Indian Medical Review
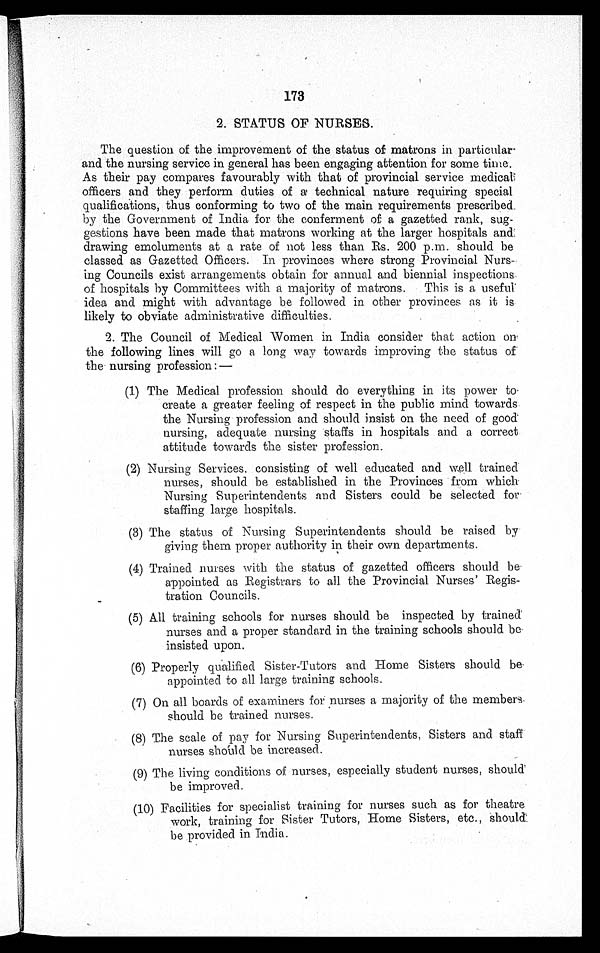
173
2. STATUS OF NURSES.
The question of the improvement of the status of matrons in particular
and the nursing service in general has been engaging attention for some time.
As their pay compares favourably with that of provincial service medical
officers and they perform duties of a technical nature requiring special
qualifications, thus conforming to two of the main requirements prescribed
by the Government of India for the conferment of a gazetted rank, sug
gestions have been made that matrons working at the larger hospitals and
drawing emoluments at a rate of not less than Rs. 200 p.m. should be
classed as Gazetted Officers. In provinces where strong Provincial Nurs
ing Councils exist arrangements obtain for annual and biennial inspections
of hospitals by Committees with a majority of matrons. This is a useful
idea and might with advantage be followed in other provinces as it is
likely to obviate administrative difficulties.
2. The Council of Medical Women in India consider that action on
the following lines will go a long way towards improving the status of
the nursing profession:—
(1) The Medical profession should do everything in its power to
create a greater feeling of respect in the public mind towards
the Nursing profession and should insist on the need of good
nursing, adequate nursing staffs in hospitals and a correct
attitude towards the sister profession.
(2) Nursing Services, consisting of well educated and well trained .
nurses, should be established in the Provinces from which
Nursing Superintendents and Sisters could be selected for
staffing large hospitals.
(3) The status of Nursing Superintendents should be raised by
giving them proper authority in their own departments.
(4) Trained nurses with the status of gazetted officers should be
appointed as Registrars to all the Provincial Nurses' Regis-
tration Councils.
(5) All training schools for nurses should be inspected by trained
nurses and a proper standard in the training schools should be
insisted upon.
(6) Properly qualified Sister-Tutors and Home Sisters should be
appointed to all large training schools.
(7) On all boards of examiners for nurses a majority of the members.
should be trained nurses.
(8) The scale of pay for Nursing Superintendents, Sisters and staff
nurses should be increased.
(9) The living conditions of nurses, especially student nurses, should
be improved.
(10) Facilities for specialist training for nurses such as for theatre
work, training for Sister Tutors, Home Sisters, etc., should
be provided in India.